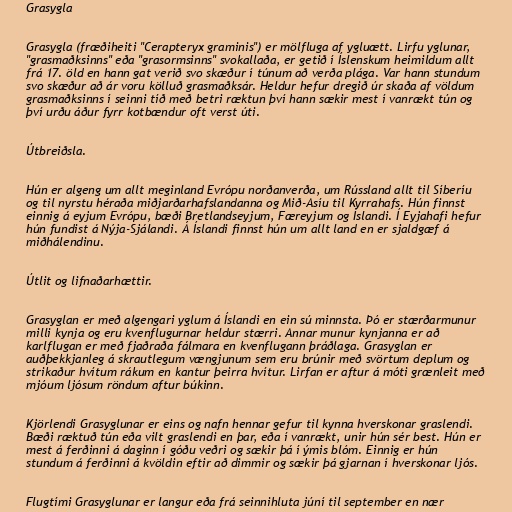
Grasygla

Grasygla (fræðiheiti "Cerapteryx graminis") er mölfluga af ygluætt. Lirfu yglunar,
"grasmaðksinns" eða "grasormsinns" svokallaða, er getið í Íslenskum heimildum allt
frá 17. öld en hann gat verið svo skæður í túnum að verða plága. Var hann stundum
svo skæður að ár voru kölluð grasmaðksár. Heldur hefur dregið úr skaða af völdum
grasmaðksinns í seinni tíð með betri ræktun því hann sækir mest í vanrækt tún og
því urðu áður fyrr kotbændur oft verst úti.

Útbreiðsla.

Hún er algeng um allt meginland Evrópu norðanverða, um Rússland allt til Síberíu
og til nyrstu héraða miðjarðarhafslandanna og Mið-Asíu til Kyrrahafs. Hún finnst
einnig á eyjum Evrópu, bæði Bretlandseyjum, Færeyjum og Íslandi. Í Eyjahafi hefur
hún fundist á Nýja-Sjálandi. Á Íslandi finnst hún um allt land en er sjaldgæf á
miðhálendinu.

Útlit og lifnaðarhættir.

Grasyglan er með algengari yglum á Íslandi en ein sú minnsta. Þó er stærðarmunur
milli kynja og eru kvenflugurnar heldur stærri. Annar munur kynjanna er að
karlflugan er með fjaðraða fálmara en kvenflugann þráðlaga. Grasyglan er
auðþekkjanleg á skrautlegum vængjunum sem eru brúnir með svörtum deplum og
strikaður hvítum rákum en kantur þeirra hvítur. Lirfan er aftur á móti grænleit með
mjóum ljósum röndum aftur búkinn.

Kjörlendi Grasyglunar er eins og nafn hennar gefur til kynna hverskonar graslendi.
Bæði ræktuð tún eða vilt graslendi en þar, eða í vanrækt, unir hún sér best. Hún er
mest á ferðinni á daginn í góðu veðri og sækir þá í ýmis blóm. Einnig er hún
stundum á ferðinni á kvöldin eftir að dimmir og sækir þá gjarnan í hverskonar ljós.

Flugtími Grasyglunar er langur eða frá seinnihluta júní til september en nær